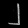
Digit: ၂